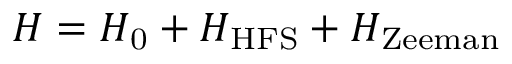
H = H _ { \mathrm { { 0 } } } + H _ { \mathrm { { H F S } } } + H _ { \mathrm { { Z e e m a n } } }